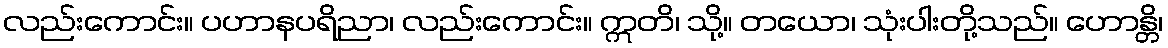
လည်းကောင်း။ ပဟာနပရိညာ၊ လည်းကောင်း။ ဣတိ၊ သို့။ တယော၊ သုံးပါးတို့သည်။ ဟောန္တိ၊